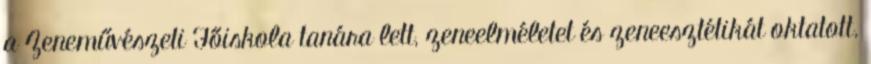
a Zeneművészeti Főiskola tanára lett, zeneelméletet és zeneesztétikát oktatott.